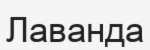
Лаванда